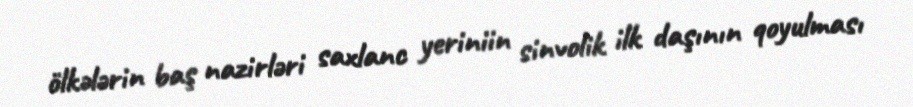
ölkələrin baş nazirləri saxlanc yeriniin sinvolik ilk daşının qoyulması